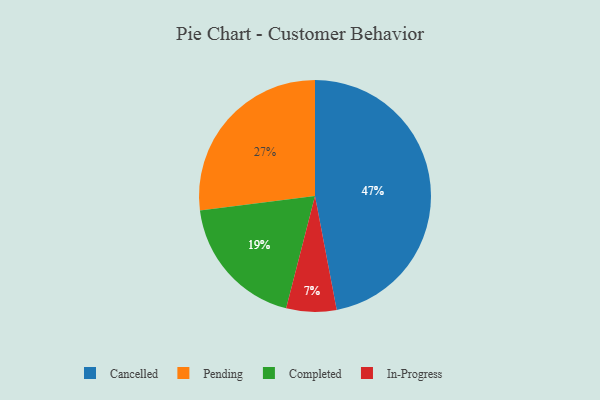
{"axis": {"x": "Category", "y": "Percentage"}, "legend": ["Cancelled", "Completed", "In-Progress", "Pending"], "data": [{"x": "Completed", "y": 19, "type": "Completed"}, {"x": "In-Progress", "y": 7, "type": "In-Progress"}, {"x": "Cancelled", "y": 47, "type": "Cancelled"}, {"x": "Pending", "y": 27, "type": "Pending"}]}